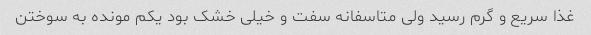
غذا سریع و گرم رسید ولی متاسفانه سفت و خیلی خشک بود یکم مونده به سوختن